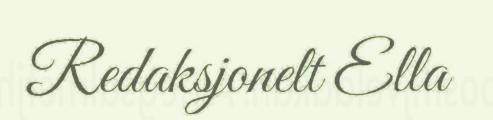
Redaksjonelt Ella